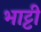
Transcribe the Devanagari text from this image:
भाट्टी